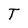
Character: T